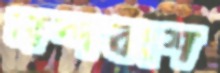
নন্দবংশ